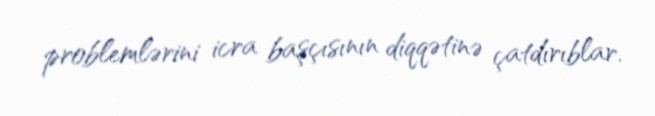
problemlərini icra başçısının diqqətinə çatdırıblar.